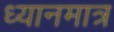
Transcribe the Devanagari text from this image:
ध्यानमात्र